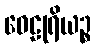
ဝေဠုရိယဉ္စ